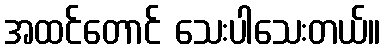
အထင်တောင် သေးပါသေးတယ်။